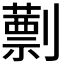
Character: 𠠕